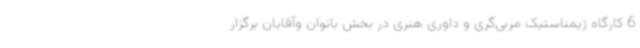
6 کارگاه ژیمناستیک مربی‌گری و داوری هنری در بخش بانوان وآقایان برگزار